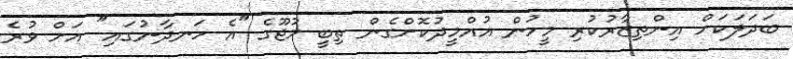
ބަދަލަކަށް އިންތިޒާރުކުރި މީހުން އުއްމީދުކޮށްގެން ތިބީ މުޖޫގެ "އެ ހަނދާނުގައި" އަށް ވުރެ